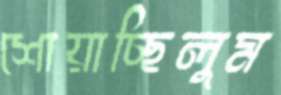
শোয়াচ্ছিলুম